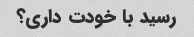
رسید با خودت داری؟